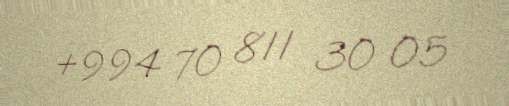
+994 70 811 30 05